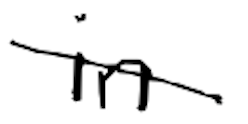
Text: in
Cross-out: diagonal
Writing tool: digital_black